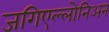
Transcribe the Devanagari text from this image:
जगिएल्लोनिअन